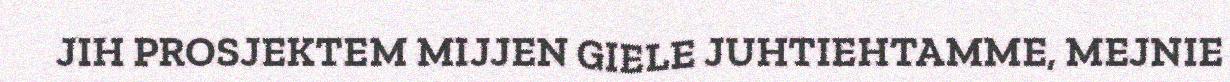
JIH PROSJEKTEM MIJJEN GIELE JUHTIEHTAMME, MEJNIE